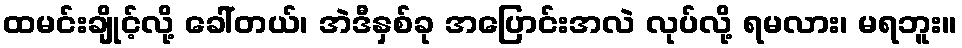
ထမင်းချိုင့်လို့ ခေါ်တယ်၊ အဲဒီနှစ်ခု အပြောင်းအလဲ လုပ်လို့ ရမလား၊ မရဘူး။